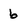
Character: 6